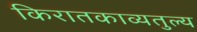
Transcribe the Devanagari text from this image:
किरातकाव्यतुल्य